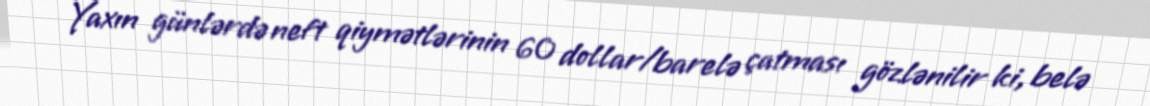
Yaxın günlərdə neft qiymətlərinin 60 dollar/barelə çatması gözlənilir ki, belə